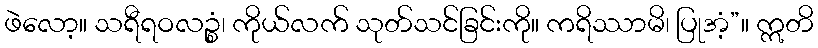
ဖဲလော့။ သရီရဝလဉ္စံ၊ ကိုယ်လက် သုတ်သင်ခြင်းကို။ ကရိဿာမိ၊ ပြုအံ့”။ ဣတိ